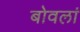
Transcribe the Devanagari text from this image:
बोवलां